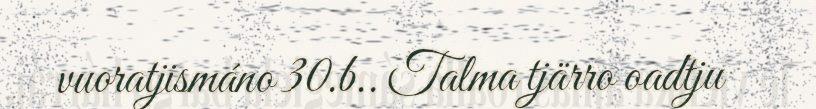
vuoratjismáno 30.b.. Talma tjärro oadtju